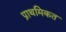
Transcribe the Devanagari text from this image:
प्राथमिकत